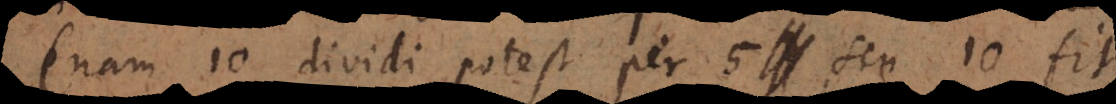
(nam 10 dividi potest per 5 seu 10 fit